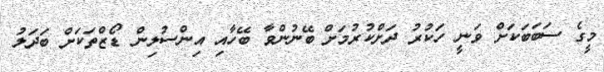
މީގެ ސަބަބަކަށް ވަނީ ހަކުރު ދަށްކުރުމަށް ބޭނުންވާ ބޭހާއި އިންސުލިން ޑޯޒްތަކަށް ބަދަލު